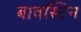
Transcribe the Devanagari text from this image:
बावस्टिन